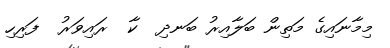
މިމާނައިގެ މަތިން ބަލާއިރު ބަނދި  ކާ  ރައިވަރު  ފަރިހި